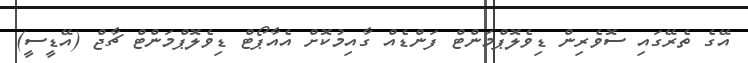
އޭގެ ތެރޭގައި ސޮވެރިން ޑިވެލޮޕްމަންޓް ފަންޑެއް ގާއިމުކޮށް އެއާޕޯޓް ޑިވެލޮޕްމަންޓް ޗާޖް (އޭޑީސީ)